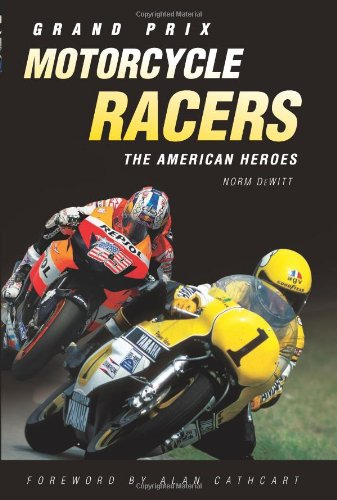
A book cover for Grand Prix Motorcycle Racers: The American Heroes; Norm DeWitt; Sports & Outdoors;